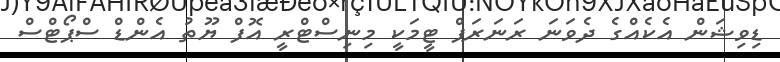
ޑިވިޝަން އެކެއްގެ ދެވަނަ ރަނަރަޕް ޓީމަކީ މިނިސްޓްރީ އޮފް ޔޫތު އެންޑް ސްޕޯޓްސް